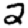
Digit: 2